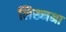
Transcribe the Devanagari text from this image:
लिख्नना